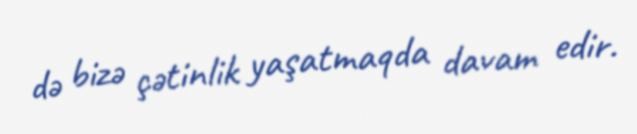
də bizə çətinlik yaşatmaqda davam edir.